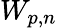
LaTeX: W_{p,n}